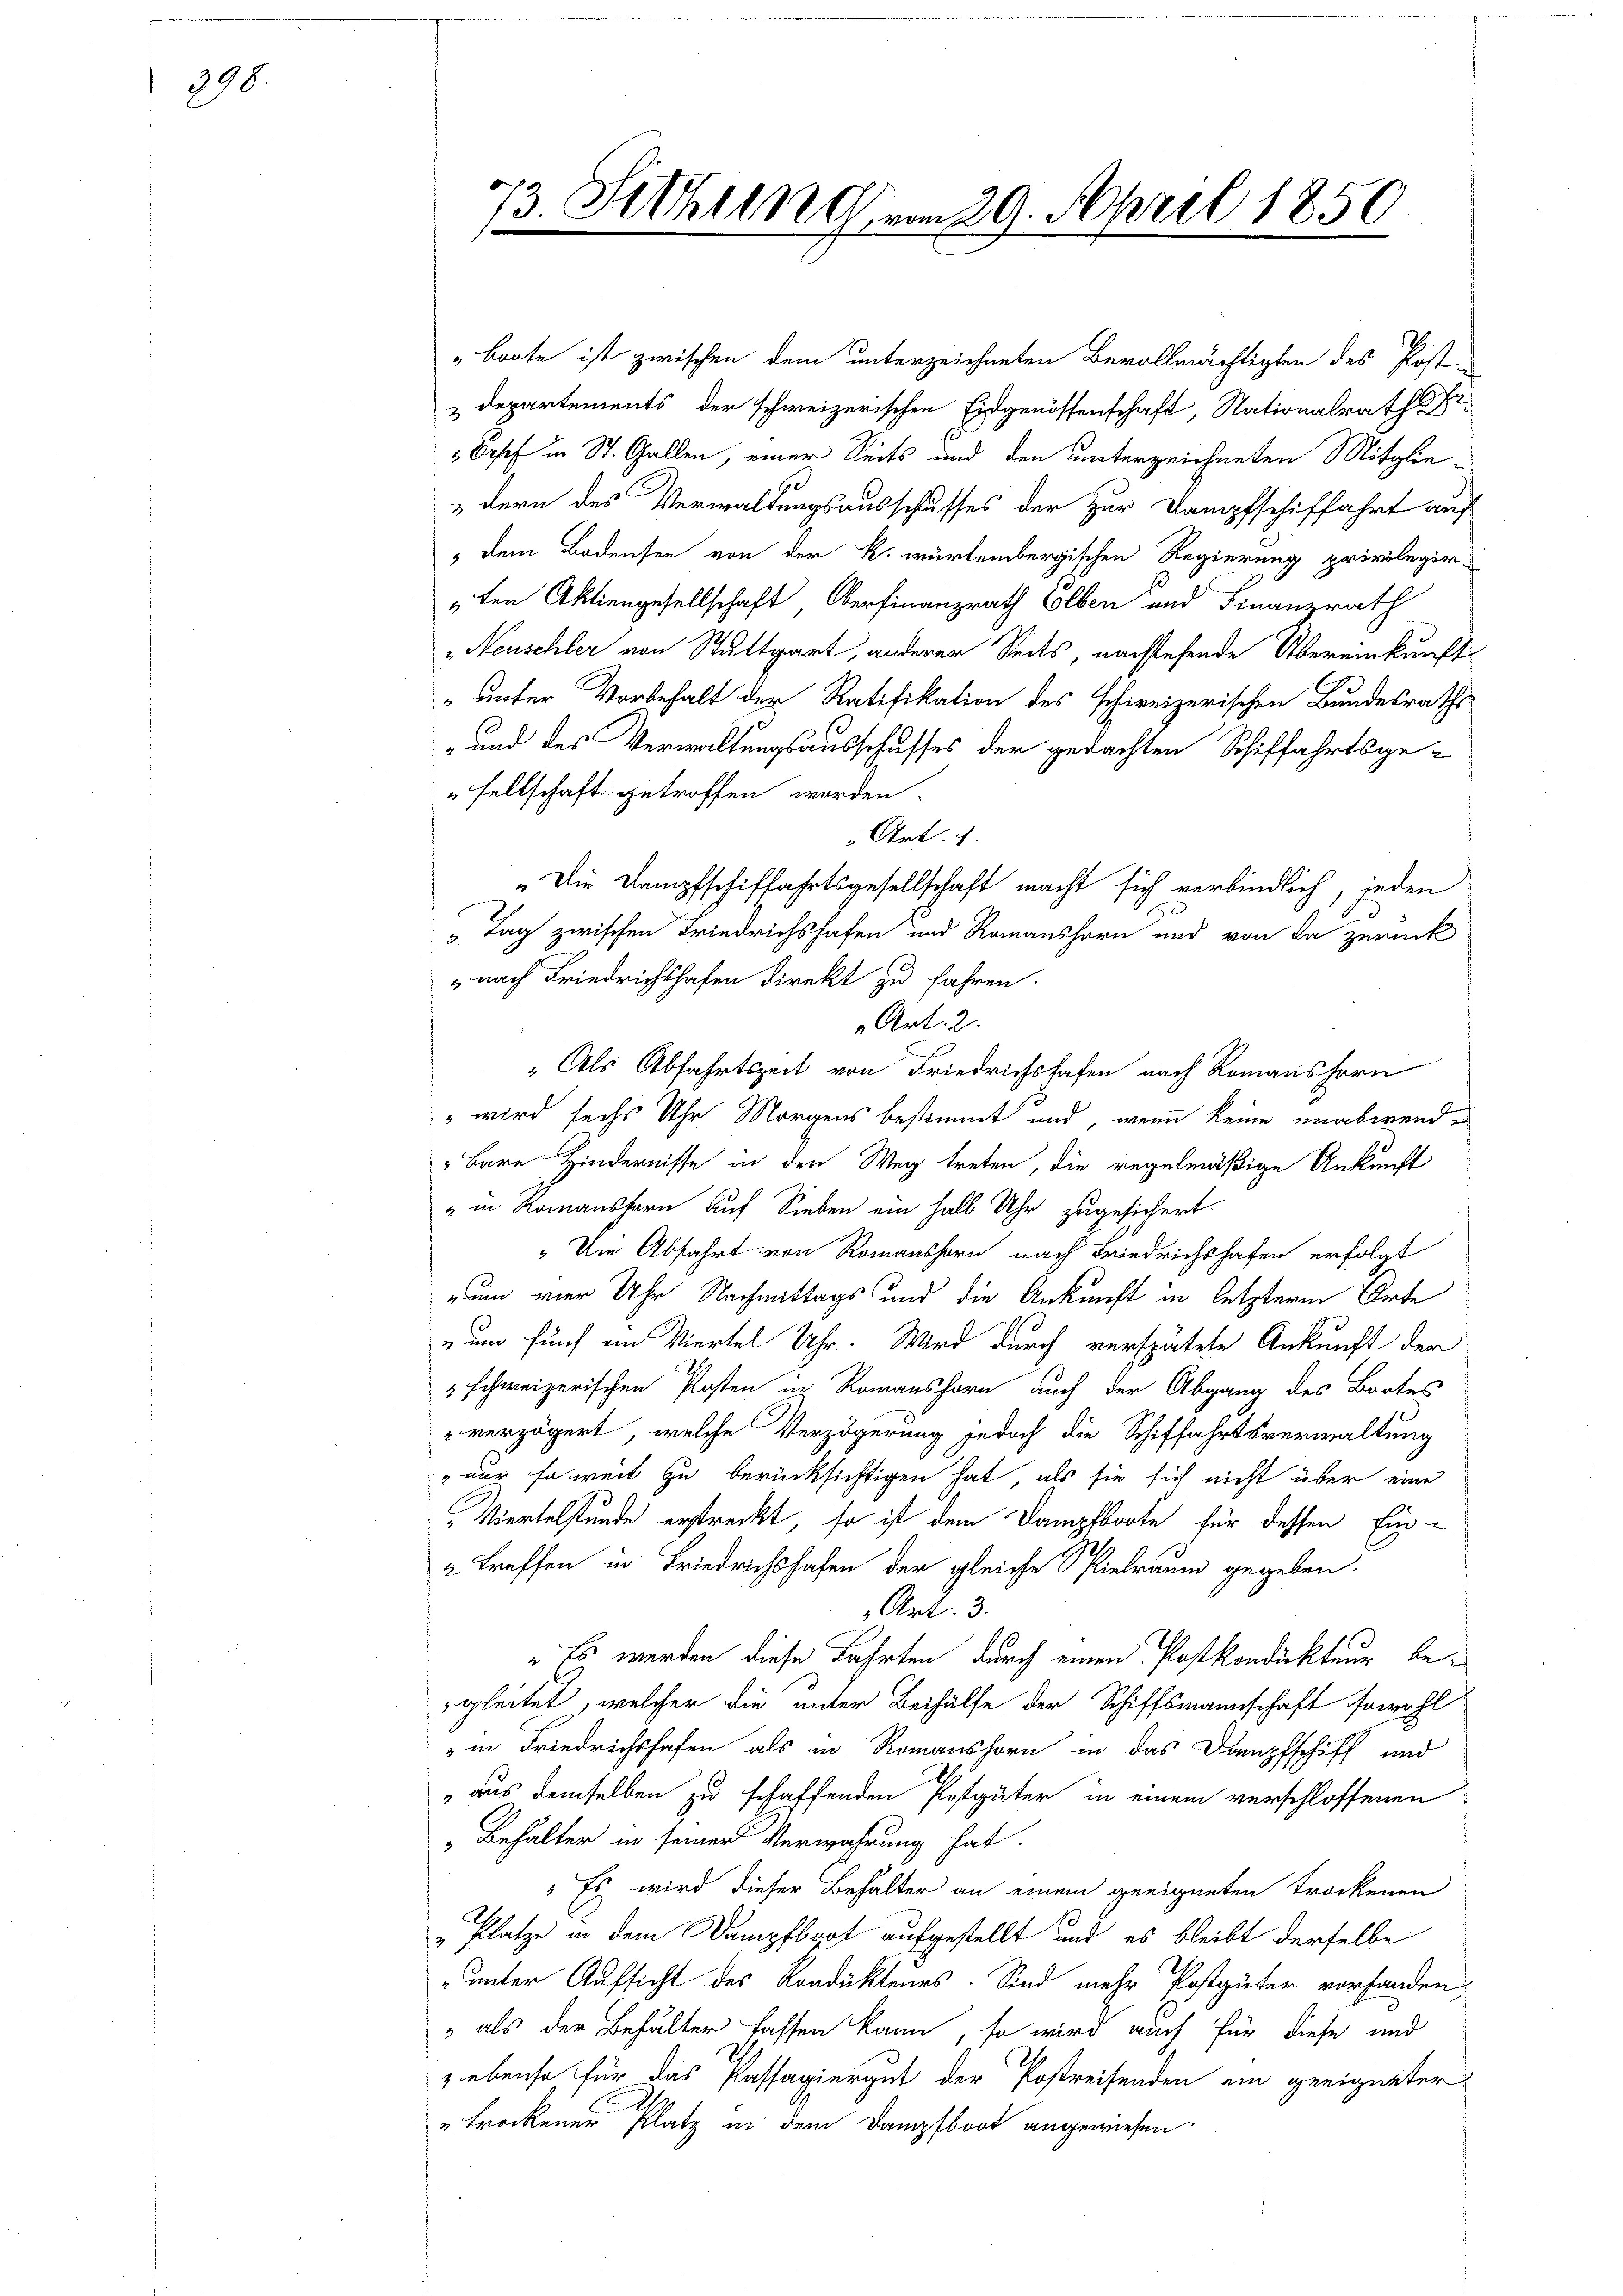
398.

73. Statt von 29. April 1850.
.

"boute ist zwischen dem unterzeichneten Bevollmächtigten des Post
Departements der schweizerischen Eidgenossenschaft, Nationalrath Er¬
Orsef in St. Gallen, einer Seits und den unterzeichneten Mitgliedern des Verwaltungsausschusses der zur Dampfschiffahrt auf
" dem Bodensen von der k. würtembergischen Regierung privilegir-
ten Aktiengesellschaft, Oberfinanzrath Elben und Finanzrath
"Neuschler von Stuttgart, anderer Seits, nachstehende Übereinkunft
" unter Vorbehalt der Ratifikation des schweizerischen Bundesraths
-und des Verwaltungsausschusses der gedachten Schiffahrtsgesellschaft getroffen worden.
Art. 7.
„Die Dampfschiffahrtsgesellschaft macht sich verbindlich, jeden
" Tag zwischen Friedrichshofen und Romanshorn und von da zurück
" nach Friedrichshofen direkt zu fahren.
Art. 2.
„Als Abfahrtszeit von Friedrichshafen nach Romanshorn
" wird sechs Uhr Morgens bestimmt und, wenn keine unabwenden
Bare Hindernisse in den Weg treten, die regelmäßige Ankunft
" in Romanstern auf Sieben ein halb Uhr zugesichert.
" Die Abfahrt von Romanshorn nach Friedrichshofen erfolgt
num vier Uhr Nachmittags und die Ankunft in letzteren Orte
um fünf im Viertel Uhr. Wird durch verspätete Ankunft der
" schweizerischen Posten in Romanshorn auch der Abgang des Bautes
 verzögert, welche Verzögerung jedoch die Schiffahrtsverwaltung
 nur so weit zu berücksichtigen hat, als sie sich nicht über eine
Viertelstunde erstreckt, so ist dem Dampfboote für dessen Ein¬
2 treffen in Friedrichshofen der gleiche Spielraum gegeben.
Art. 3.
" Es werden diese Fahrten durch einen Postkondickteur begleitet, welcher die unter Beihülfe der Schiffsmannschaft sowohl
" in Friedrichshofen als in Romanshorn in das Dampfschiff und
„aus demselben zu schaffenden Postgüter in einem verschlossenen
„Behalter in seiner Verwahrung hat.
 Es wird dieser Behalter an einem geeigneten trockenen
"Platze in dem Dampfboot aufgestellt und es bleibt derselbe
unter Aufsicht des Kondicktens. Sind mehr Postgüter vorhanden
" als der Behalter fassen kann, so wird auch für diese und
Liebenso für das Passagiergut der Postreifenden ein geeigneter
trockener Platz in dem Dampfboot angewiesen.